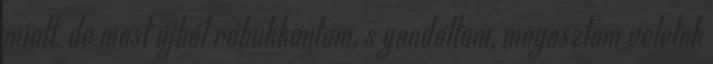
miatt, de most újból rábukkantam, s gondoltam, megosztom veletek